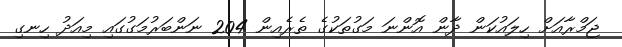
ޖަމްރާއަށް ހިލައުކަން ދާން އޮންނަ މަގުތަކުގެ ތެރެއިން 204 ނަންބަރުމަގުގައި މިއަދު ހިނގި